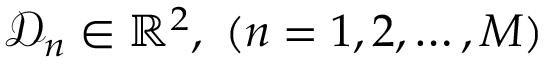
\mathcal { D } _ { n } \in \mathbb { R } ^ { 2 } , ~ ( n = 1 , 2 , \ldots , M )